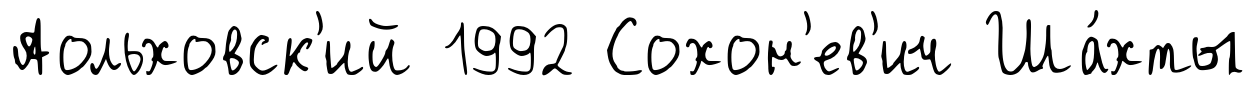
Аольховск'ий 1992 Сохон'ев'ич Ша́хты